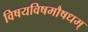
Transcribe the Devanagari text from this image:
विषयविषमौषधम्